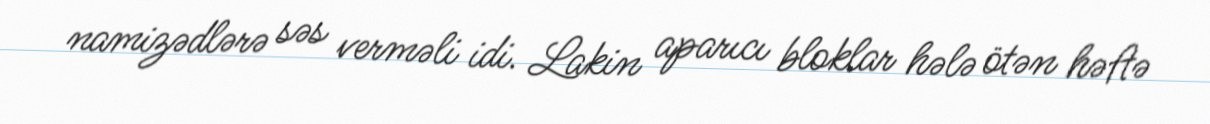
namizədlərə səs verməli idi. Lakin aparıcı bloklar hələ ötən həftə